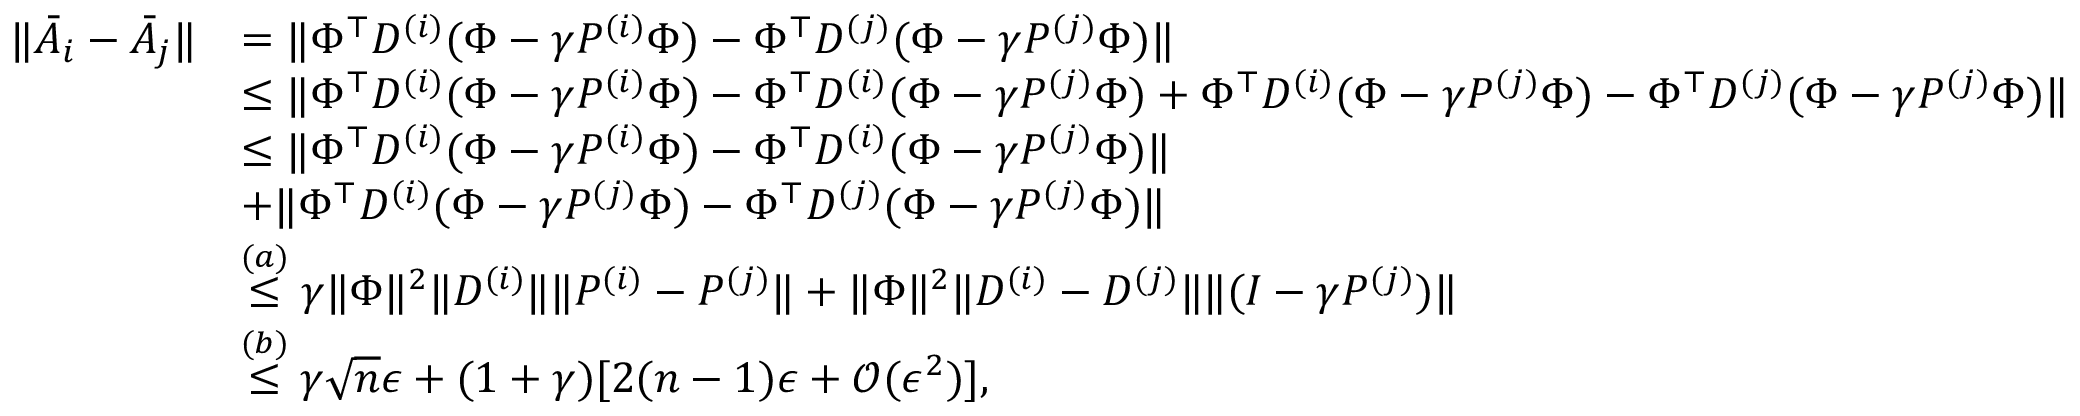
\begin{array} { r l } { \lVert \bar { A } _ { i } - \bar { A } _ { j } \rVert } & { = \lVert \Phi ^ { \top } D ^ { ( i ) } ( \Phi - \gamma P ^ { ( i ) } \Phi ) - \Phi ^ { \top } D ^ { ( j ) } ( \Phi - \gamma P ^ { ( j ) } \Phi ) \rVert } \\ & { \le \lVert \Phi ^ { \top } D ^ { ( i ) } ( \Phi - \gamma P ^ { ( i ) } \Phi ) - \Phi ^ { \top } D ^ { ( i ) } ( \Phi - \gamma P ^ { ( j ) } \Phi ) + \Phi ^ { \top } D ^ { ( i ) } ( \Phi - \gamma P ^ { ( j ) } \Phi ) - \Phi ^ { \top } D ^ { ( j ) } ( \Phi - \gamma P ^ { ( j ) } \Phi ) \rVert } \\ & { \le \lVert \Phi ^ { \top } D ^ { ( i ) } ( \Phi - \gamma P ^ { ( i ) } \Phi ) - \Phi ^ { \top } D ^ { ( i ) } ( \Phi - \gamma P ^ { ( j ) } \Phi ) \rVert } \\ & { + \lVert \Phi ^ { \top } D ^ { ( i ) } ( \Phi - \gamma P ^ { ( j ) } \Phi ) - \Phi ^ { \top } D ^ { ( j ) } ( \Phi - \gamma P ^ { ( j ) } \Phi ) \rVert } \\ & { \stackrel { ( a ) } { \le } \gamma \lVert \Phi \rVert ^ { 2 } \lVert D ^ { ( i ) } \rVert \lVert P ^ { ( i ) } - P ^ { ( j ) } \rVert + \lVert \Phi \rVert ^ { 2 } \lVert D ^ { ( i ) } - D ^ { ( j ) } \rVert \lVert ( I - \gamma P ^ { ( j ) } ) \rVert } \\ & { \stackrel { ( b ) } { \le } \gamma \sqrt { n } \epsilon + ( 1 + \gamma ) [ 2 ( n - 1 ) \epsilon + \mathcal { O } ( \epsilon ^ { 2 } ) ] , } \end{array}